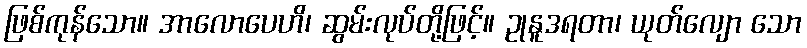
ဖြစ်ကုန်သော။ အာလောပေဟိ၊ ဆွမ်းလုပ်တို့ဖြင့်။ ဥုနူဒရတာ၊ ယုတ်လျော သော